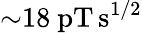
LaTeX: {\sim}18~\mathrm{pT\, s^{1/2}}